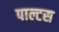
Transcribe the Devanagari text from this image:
पाल्टस